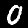
Digit: 0